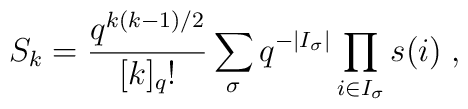
S_{k}=\frac{q^{k(k-1)/2}}{[k]_{q}!}\sum_{\sigma}q^{-|I_{\sigma}|}\prod_{i\in I_{\sigma}}s(i)\;,